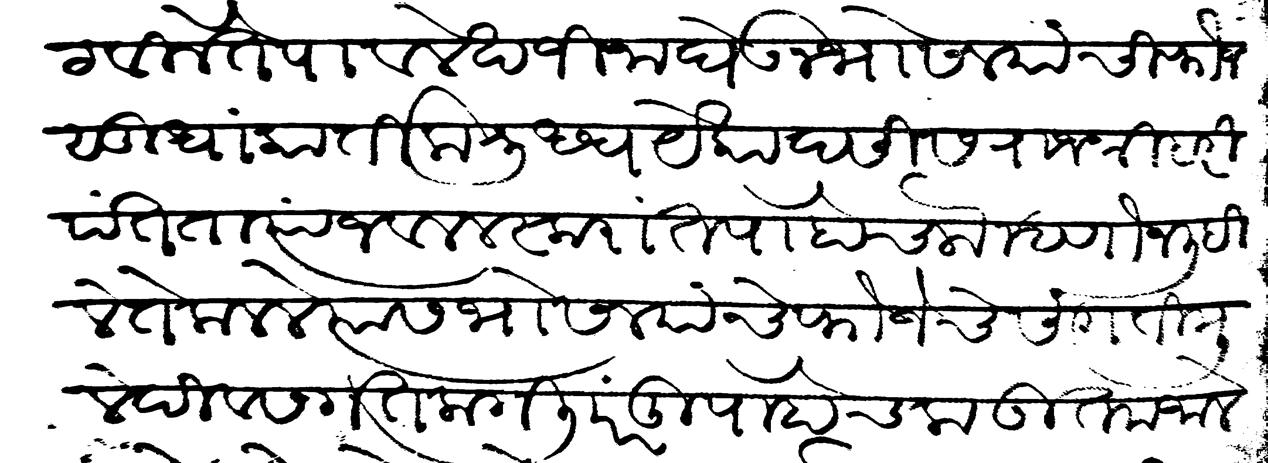
Transliteration (Devanagari): पाटविले ते पावले खजीना घेऊन भोसल्यांची फौज सुधा कार्तिक शुद्ध येकादसीस राजश्री हरीपंत तात्या जवल लस्करात पोहोचलो म्हणोन लिहिले ते कलले त्यास भोसल्यांचे फौजेचे संगती मुले दिवस गत लागलि परंतु पोहोचला उतम जाले